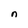
Character: n